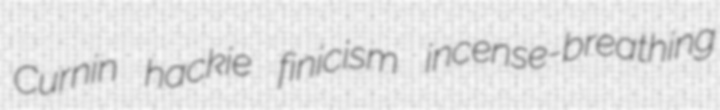
Curnin hackie finicism incense-breathing